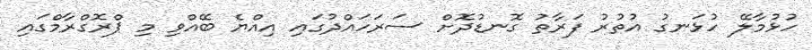
ހުޅުމާލޭ ހުޅަނގު އުތުރު ފަރާތު ގޮނޑުދޮށް ސަރަހައްދުގައި އިއްޔެ ބޭއްވި މި ޕްރޮގްރާމްގައި